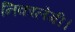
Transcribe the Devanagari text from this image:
निकालेगी।